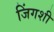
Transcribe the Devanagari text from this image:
जिंगशी